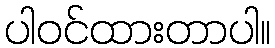
ပါဝင်ထားတာပါ။